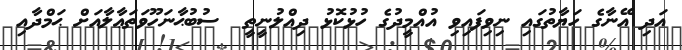
އަދި އޭނާގެ ހަޔާތުގައި ނިވިފައިވި އުއްމީދުގެ ހުޅުކޮޅު ދިއްލުނީތީ  ސުބުޙާނަހޫވަތަޢާލާއަށް ޙަމްދާއި